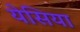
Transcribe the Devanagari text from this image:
येसिया